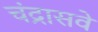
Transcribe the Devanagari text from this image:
चंद्रासवे